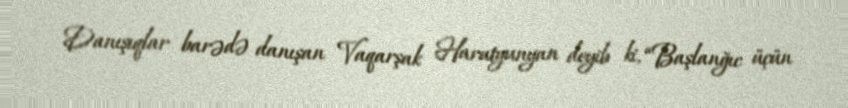
Danışıqlar barədə danışan Vaqarşak Harutyunyan deyib ki, “Başlanğıc üçün